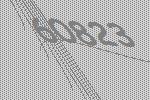
60823